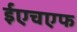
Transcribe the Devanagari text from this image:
ईएचएफ